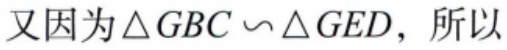
又因为\(\triangle GBC \backsim \triangle GED\)，所以